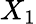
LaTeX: X_{1}